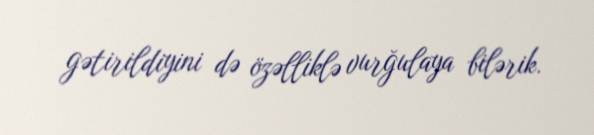
gətirildiyini də özəlliklə vurğulaya bilərik.